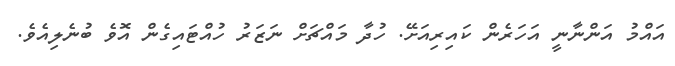
އައްމު އަންނާނީ އަހަރެން ކައިރިއަށޭ. ހުދާ މައްޗަށް ނަޒަރު ހުއްޓައިގެން އޮވެ ބުނެލިއެވެ.